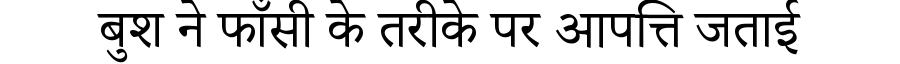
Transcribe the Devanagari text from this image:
बुश ने फाँसी के तरीके पर आपत्ति जताई